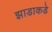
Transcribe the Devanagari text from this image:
झाडाकडे